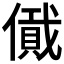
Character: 𠏞